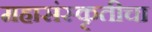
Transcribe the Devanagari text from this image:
महासंस्कृतीचा